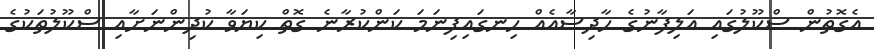
އެގޮތުން ސްކޫލުގައި އަލިފާނުގެ ހާދިސާއެއް ހިނގައިފިނަމަ ކަންކުރާނެ ގޮތް ކިޔަވާ ކުދިންނަށާއި ސްކޫލުތަކުގެ